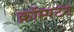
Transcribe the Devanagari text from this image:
क्रॉम्पटन